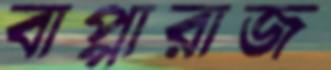
বাপ্পারাজ